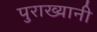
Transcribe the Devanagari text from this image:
पुराख्यानी